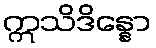
ဣသိဒိန္နော